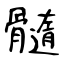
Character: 髓